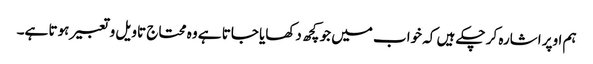
ہم اوپر اشارہ کر چکے ہیں کہ خواب میں جو کچھ دکھایا جاتا ہے وہ محتاج تاویل و تعبیر ہوتا ہے۔